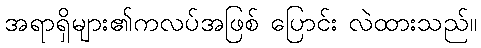
အရာရှိများ၏ကလပ်အဖြစ် ပြောင်း လဲထားသည်။